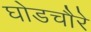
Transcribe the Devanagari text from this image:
घोडचौरे